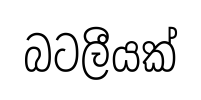
බටලීයක්